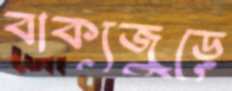
বাক্যজুড়ে